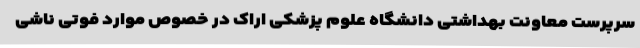
سرپرست معاونت بهداشتی دانشگاه علوم پزشکی اراک در خصوص موارد فوتی ناشی